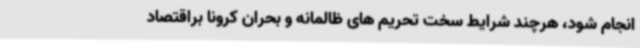
انجام شود، هرچند شرایط سخت تحریم های ظالمانه و بحران کرونا براقتصاد